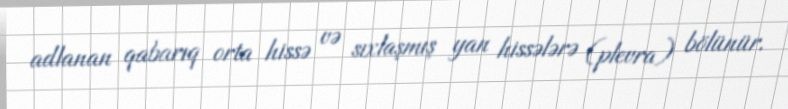
adlanan qabarıq orta hissə və sıxlaşmış yan hissələrə (plevra) bölünür.